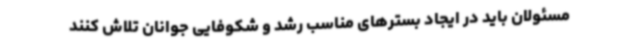
مسئولان باید در ایجاد بسترهای مناسب رشد و شکوفایی جوانان تلاش کنند